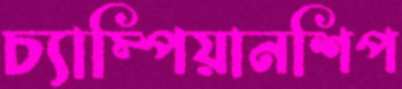
চ্যাম্পিয়ানশিপ